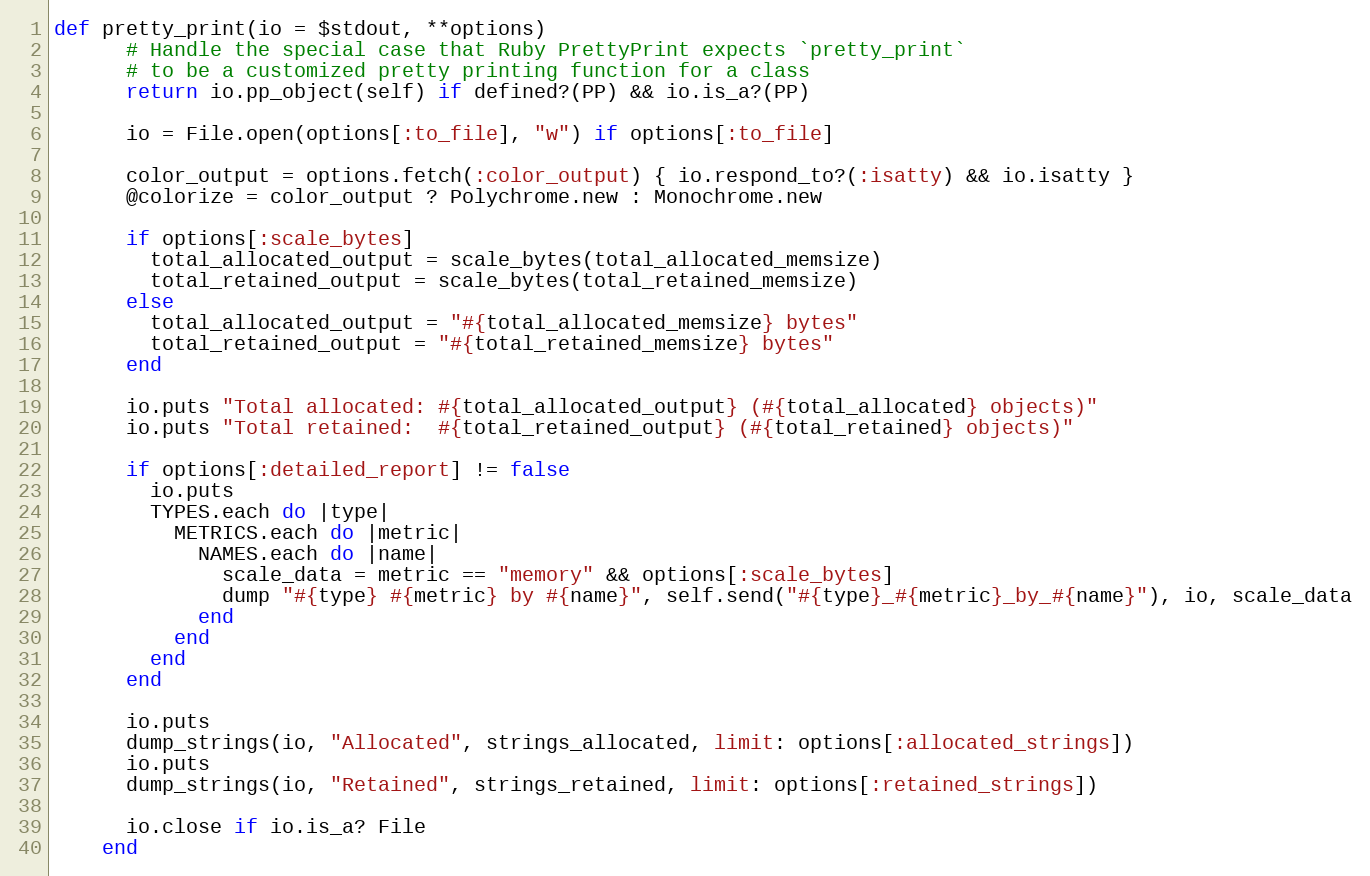
Language: Ruby
def pretty_print(io = $stdout, **options)
      # Handle the special case that Ruby PrettyPrint expects `pretty_print`
      # to be a customized pretty printing function for a class
      return io.pp_object(self) if defined?(PP) && io.is_a?(PP)

      io = File.open(options[:to_file], "w") if options[:to_file]

      color_output = options.fetch(:color_output) { io.respond_to?(:isatty) && io.isatty }
      @colorize = color_output ? Polychrome.new : Monochrome.new

      if options[:scale_bytes]
        total_allocated_output = scale_bytes(total_allocated_memsize)
        total_retained_output = scale_bytes(total_retained_memsize)
      else
        total_allocated_output = "#{total_allocated_memsize} bytes"
        total_retained_output = "#{total_retained_memsize} bytes"
      end

      io.puts "Total allocated: #{total_allocated_output} (#{total_allocated} objects)"
      io.puts "Total retained:  #{total_retained_output} (#{total_retained} objects)"

      if options[:detailed_report] != false
        io.puts
        TYPES.each do |type|
          METRICS.each do |metric|
            NAMES.each do |name|
              scale_data = metric == "memory" && options[:scale_bytes]
              dump "#{type} #{metric} by #{name}", self.send("#{type}_#{metric}_by_#{name}"), io, scale_data
            end
          end
        end
      end

      io.puts
      dump_strings(io, "Allocated", strings_allocated, limit: options[:allocated_strings])
      io.puts
      dump_strings(io, "Retained", strings_retained, limit: options[:retained_strings])

      io.close if io.is_a? File
    end